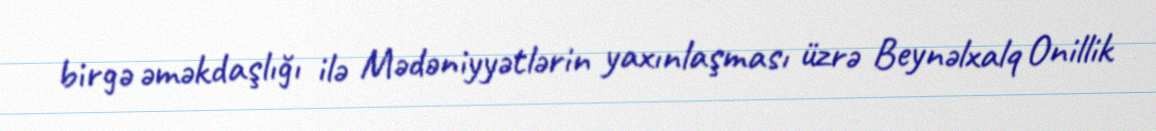
birgə əməkdaşlığı ilə Mədəniyyətlərin yaxınlaşması üzrə Beynəlxalq Onillik